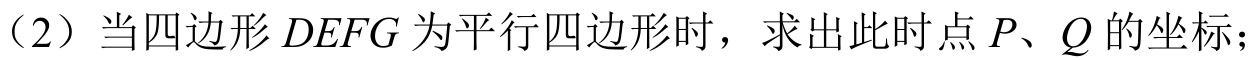
（2）当四边形 \(DEFG\) 为平行四边形时，求出此时点 \(P、Q\) 的坐标；